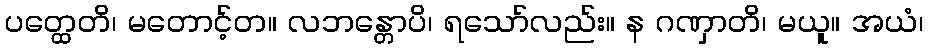
ပတ္ထေတိ၊ မတောင့်တ။ လဘန္တောပိ၊ ရသော်လည်း။ န ဂဏှာတိ၊ မယူ။ အယံ၊